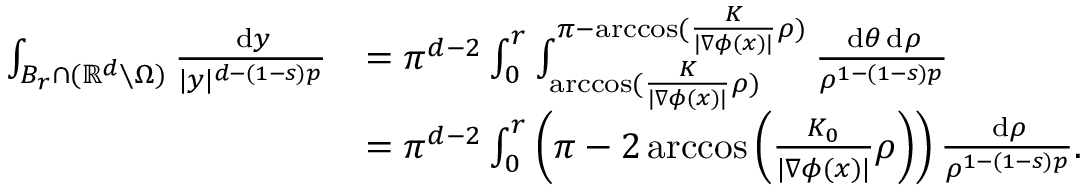
\begin{array} { r l } { \int _ { B _ { r } \cap ( \ensuremath { \mathbb { R } } ^ { d } \setminus \Omega ) } \frac { \, \mathrm { d } y } { | y | ^ { d - ( 1 - s ) p } } } & { = \pi ^ { d - 2 } \int _ { 0 } ^ { r } \int _ { \operatorname { a r c c o s } ( \frac { K } { | \nabla \phi ( x ) | } \rho ) } ^ { \pi - \operatorname { a r c c o s } ( \frac { K } { | \nabla \phi ( x ) | } \rho ) } \frac { \, \mathrm { d } \theta \, \mathrm { d } \rho } { \rho ^ { 1 - ( 1 - s ) p } } } \\ & { = \pi ^ { d - 2 } \int _ { 0 } ^ { r } \left( \pi - 2 \operatorname { a r c c o s } \left( \frac { K _ { 0 } } { | \nabla \phi ( x ) | } \rho \right) \right) \frac { \, \mathrm { d } \rho } { \rho ^ { 1 - ( 1 - s ) p } } . } \end{array}